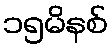
၁၅မိနစ်